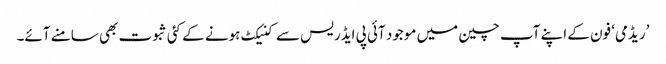
’ریڈمی‘ فون کے اپنے آپ چین میں موجود آئی پی ایڈریس سے کنیکٹ ہونے کے کئی ثبوت بھی سامنے آئے۔